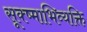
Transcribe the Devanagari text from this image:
सूक्ष्माभिव्यक्ति